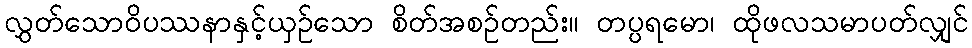
လွှတ်သောဝိပဿနာနှင့်ယှဉ်သော စိတ်အစဉ်တည်း။ တပ္ပရမော၊ ထိုဖလသမာပတ်လျှင်